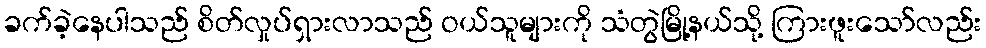
ခက်ခဲ့နေပါသည် စိတ်လှုပ်ရှားလာသည် ဝယ်သူများကို သံတွဲမြို့နယ်သို့ ကြားဖူးသော်လည်း